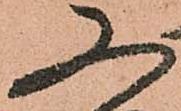
又